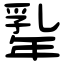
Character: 𢆡